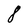
Character: 8